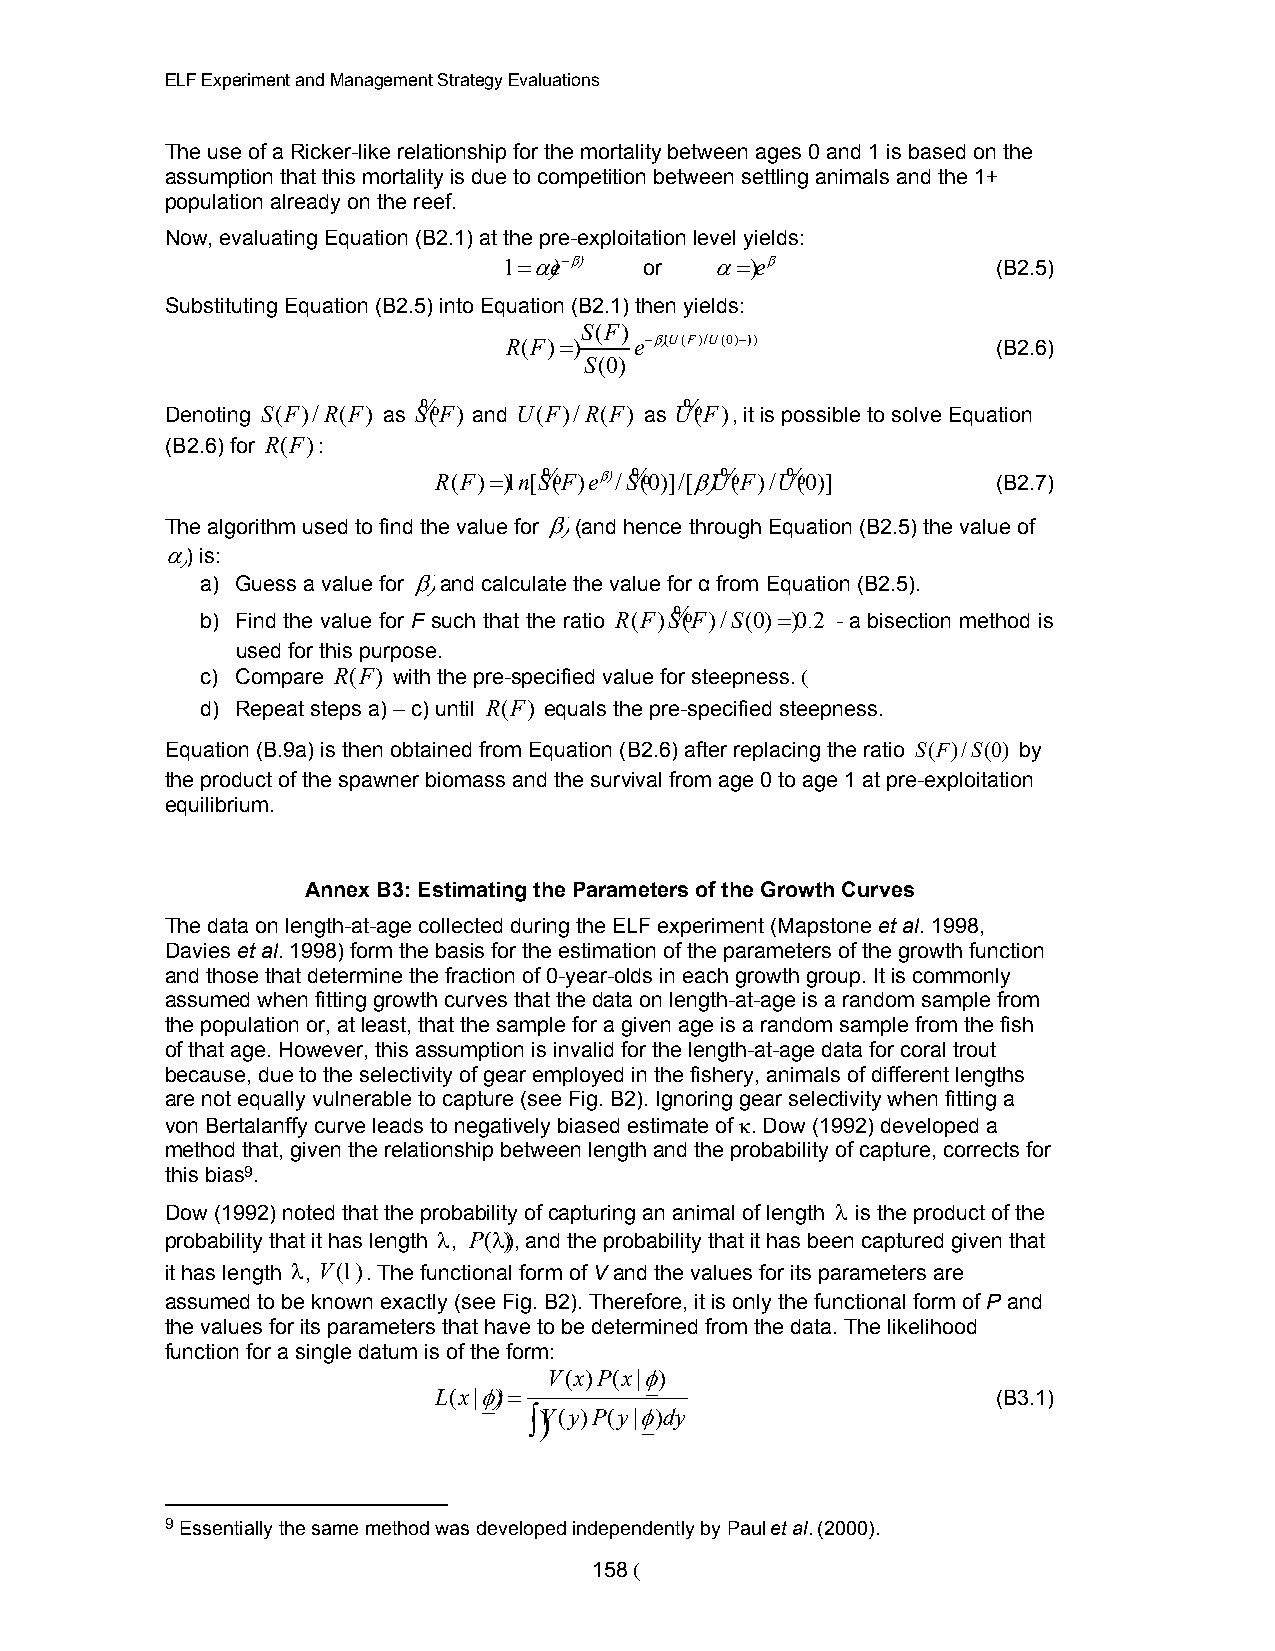
ELF Experiment and Management Strategy Evaluations
 The use of a Ricker-like relationship for the mortality between ages 0 and 1 is based on the
 assumption that this mortality is due to competition between settling animals and the 1+
 population already on the reef.
 Now, evaluating Equation (B2.1) at the pre-exploitation level yields:
 1$+ e",   or  +$ e,              (B2.5)
 Substituting Equation (B2.5) into Equation (B2.1) then yields:
 S(F )
 R(F )$  e ", (U(F )/ U (0)"1 )  (B2.6)
 S(0)
 Denoting S(F )/R(F ) as S% (F) and U(F )/R(F ) as U%(F), it is possible to solve Equation
 (B2.6) for R(F ):
 R(F ) $ ln[S% (F ) e , /S% (0)]/[, U%(F )/ U% (0)] (B2.7)
 The algorithm used to find the value for , (and hence through Equation (B2.5) the value of
 + ) is:
 a) Guess a value for , and calculate the value for from Equation (B2.5).
 %
 b) Find the value for F such that the ratio R(F)S(F )/S (0) $ 0.2 - a bisection method is
 used for this purpose.
 c) Compare R(F ) with the pre-specified value for steepness. (
 d) Repeat steps a) – c) until R(F ) equals the pre-specified steepness.
 Equation (B.9a) is then obtained from Equation (B2.6) after replacing the ratio S(F )/S (0) by
 the product of the spawner biomass and the survival from age 0 to age 1 at pre-exploitation
 equilibrium.
 Annex B3: Estimating the Parameters of the Growth Curves
 The data on length-at-age collected during the ELF experiment (Mapstone et al. 1998,
 Davies et al. 1998) form the basis for the estimation of the parameters of the growth function
 and those that determine the fraction of 0-year-olds in each growth group. It is commonly
 assumed when fitting growth curves that the data on length-at-age is a random sample from
 the population or, at least, that the sample for a given age is a random sample from the fish
 of that age. However, this assumption is invalid for the length-at-age data for coral trout
 because, due to the selectivity of gear employed in the fishery, animals of different lengths
 are not equally vulnerable to capture (see Fig. B2). Ignoring gear selectivity when fitting a
 von Bertalanffy curve leads to negatively biased estimate of 2. Dow (1992) developed a
 method that, given the relationship between length and the probability of capture, corrects for
 this bias9.
 Dow (1992) noted that the probability of capturing an animal of length 3 is the product of the
 probability that it has length 3, P(3) , and the probability that it has been captured given that
 it has length 3, V(l). The functional form of V and the values for its parameters are
 assumed to be known exactly (see Fig. B2). Therefore, it is only the functional form of P and
 the values for its parameters that have to be determined from the data. The likelihood
 function for a single datum is of the form:
 V (x)P(x |/)
 L(x|/ ) $                            (B3.1)
 K V (y)P(y |/)dy
 9 Essentially the same method was developed independently by Paul et al. (2000).
 158 (